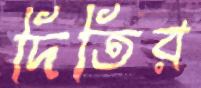
দিতির